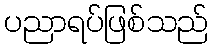
ပညာရပ်ဖြစ်သည်